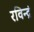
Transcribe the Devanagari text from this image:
रविन्द्रं